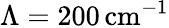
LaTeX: \Lambda=200\, \mathrm{cm^{-1}}